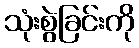
သုံးစွဲခြင်းကို